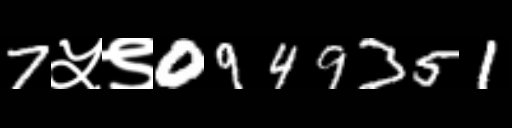
Text: 7५९0949351